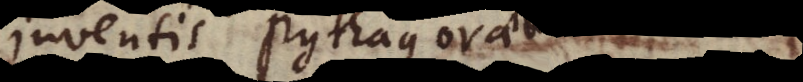
inventis Pythagoraeum